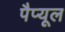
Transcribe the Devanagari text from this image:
पैप्यूल